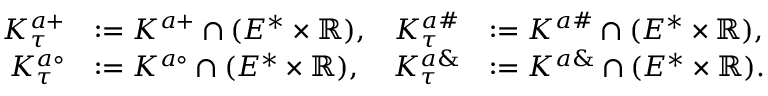
\begin{array} { r l r l } { K _ { \tau } ^ { a + } } & { : = K ^ { a + } \cap ( E ^ { * } \times \mathbb { R } ) , } & { K _ { \tau } ^ { a \# } } & { : = K ^ { a \# } \cap ( E ^ { * } \times \mathbb { R } ) , } \\ { K _ { \tau } ^ { a \circ } } & { : = K ^ { a \circ } \cap ( E ^ { * } \times \mathbb { R } ) , } & { K _ { \tau } ^ { a \& } } & { : = K ^ { a \& } \cap ( E ^ { * } \times \mathbb { R } ) . } \end{array}